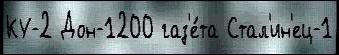
КУ-2 Дон-1200 газ'е́та Стал'ин'ец-1